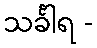
သင်္ခါရ -